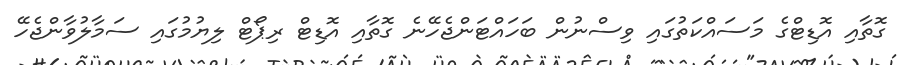
ގޮތާއި އޮޑިޓްގެ މަސައްކަތުގައި ވިސްނުން ބަހައްޓަންޖެހޭނެ ގޮތާއި އޮޑިޓް ރިޕޯޓް ލިޔުމުގައި ސަމާލުވާންޖެހޭ